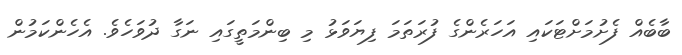
ބާބެއް ފެށުމަށްޓަކައި އަހަރެންގެ ފުރަތަމަ ފިޔަވަޅު މި ބިންމަތީގައި ނަގާ ދުވަހެވެ. އެހެންކަމުން